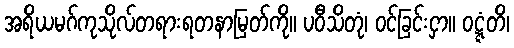
အရိယမဂ်ကုသိုလ်တရားရတနာမြတ်ကို။ ပဝီသိတုံ၊ ဝင်ခြင်းငှာ။ ဝဋ္ဋံတိ၊